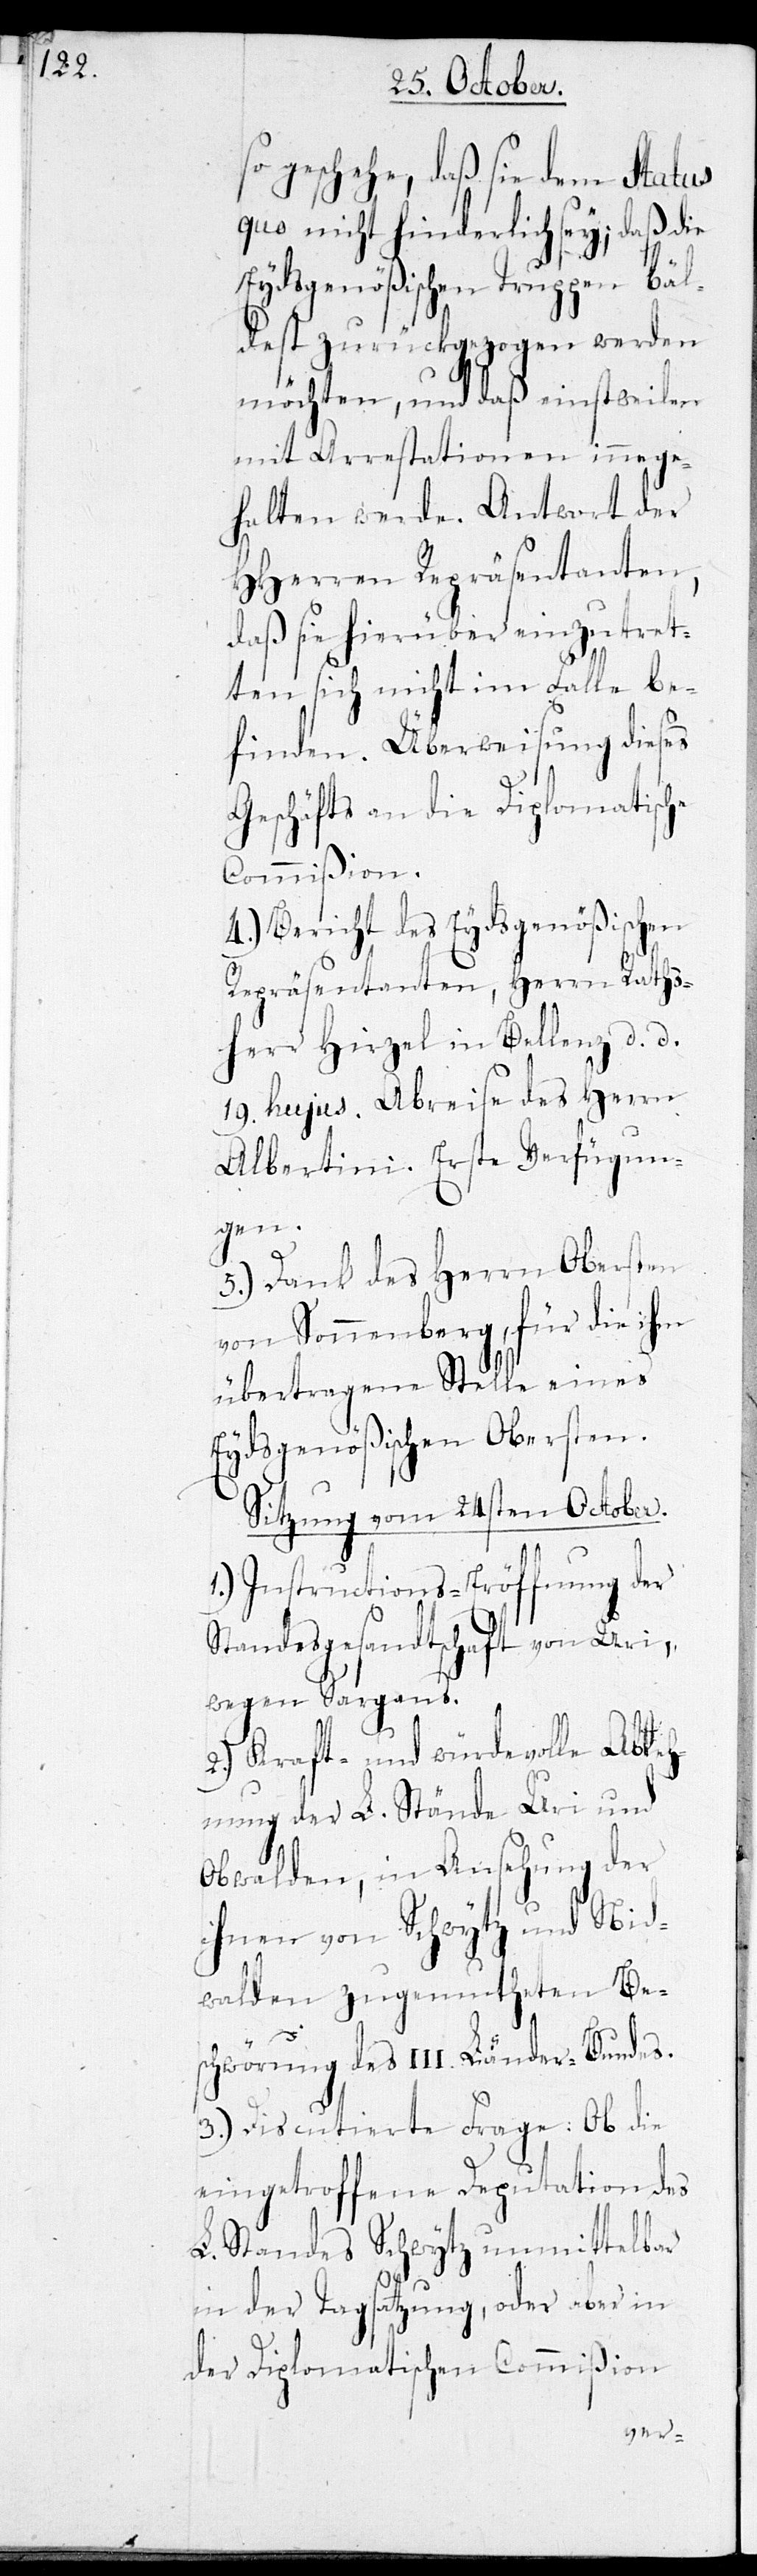
so geschehe, daß sie dem Status
quo nicht hinderlich sey; daß die
Eydsgenößischen Truppen bäl¬
dest zurückgezogen werden
möchten, und daß einstweilen
mit Arrestationen innege¬
halten werde. Antwort der
HHerren Repräsentanten,
daß sie hierüber einzutret¬
ten sich nicht im Falle be¬
finden. Überweisung dieses
Geschäfts an die Diplomatische
Commißion.
4.) Bericht des Eydsgenößischen
Repräsentanten, Herrn Raths¬
herr Hirzel in Bellenz d. d.
19. hujus. Abreise des Herrn
Albertini. Erste Verfügun¬
gen.
5.) Dank des Herrn Obersten
von Sonnenberg, für die ihm
übertragene Stelle eines
Eydsgenößischen Obersten.
Sitzung vom 24sten October.
1.) Instructions-Eröffnung der
Standesgesandtschaft von Uri,
wegen Sargans.
2.) Kraft- und würdevolle Ableh¬
nung der L. Stände Uri und
Obwalden, in Ansehung der
ihnen von Schwytz und Nid¬
walden zugemutheten Be¬
schwörung des III. Länder-Bundes.
3.) Discutierte Frage: Ob die
eingetroffene Deputation des
in der Tagsatzung, oder aber in
der Diplomatischen Commißion